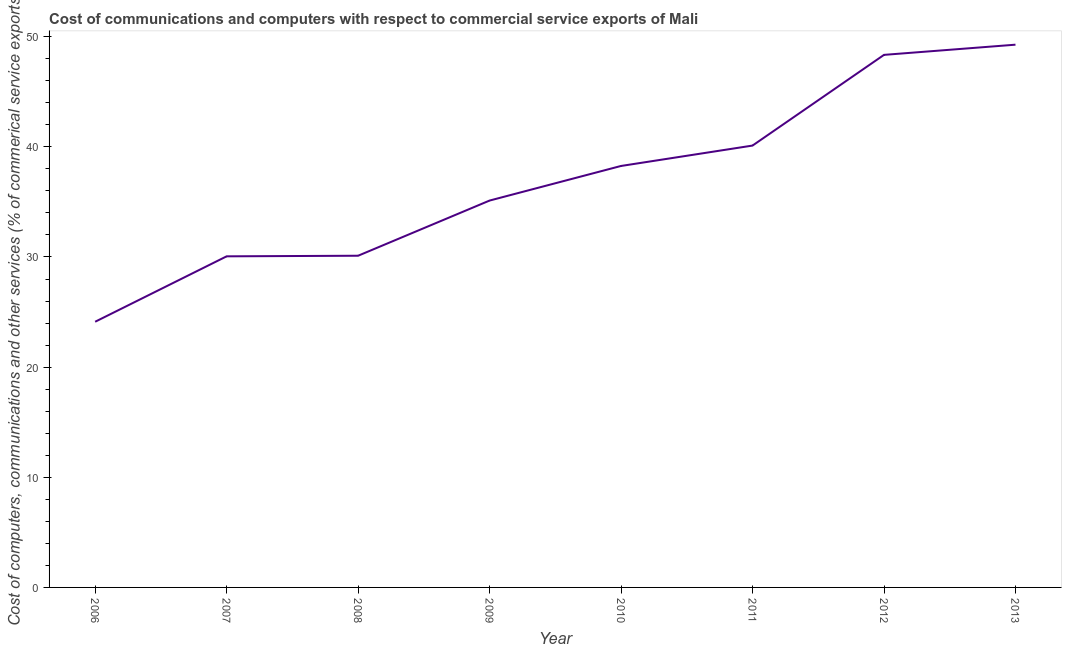
| Year | Computer |
 | --- | --- |
 | 2006 | 24.1 |
 | 2007 | 30.1 |
 | 2008 | 30.1 |
 | 2009 | 35.1 |
 | 2010 | 38.3 |
 | 2011 | 40.1 |
 | 2012 | 48.4 |
 | 2013 | 49.3 |